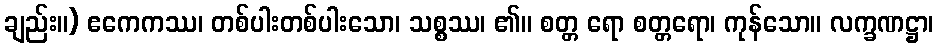
ချည်း။) ဧကေကဿ၊ တစ်ပါးတစ်ပါးသော၊ သစ္စဿ၊ ၏။ စတ္တ ရော စတ္တရော၊ ကုန်သော။ လက္ခဏဋ္ဌာ၊